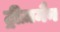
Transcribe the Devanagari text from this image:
ट्रीज़मैन